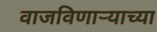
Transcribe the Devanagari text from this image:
वाजविणाऱ्याच्या